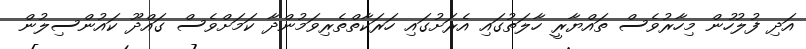
އަދި ފުލުހުން މިހާރުވެސް ތައްޔާރީ ހާލަތުގައި އެރަށުގައި ހަރަކާތްތެރިވަމުންދާ ކަމަށްވެސް ގައްދޫ ކައުންސިލުން